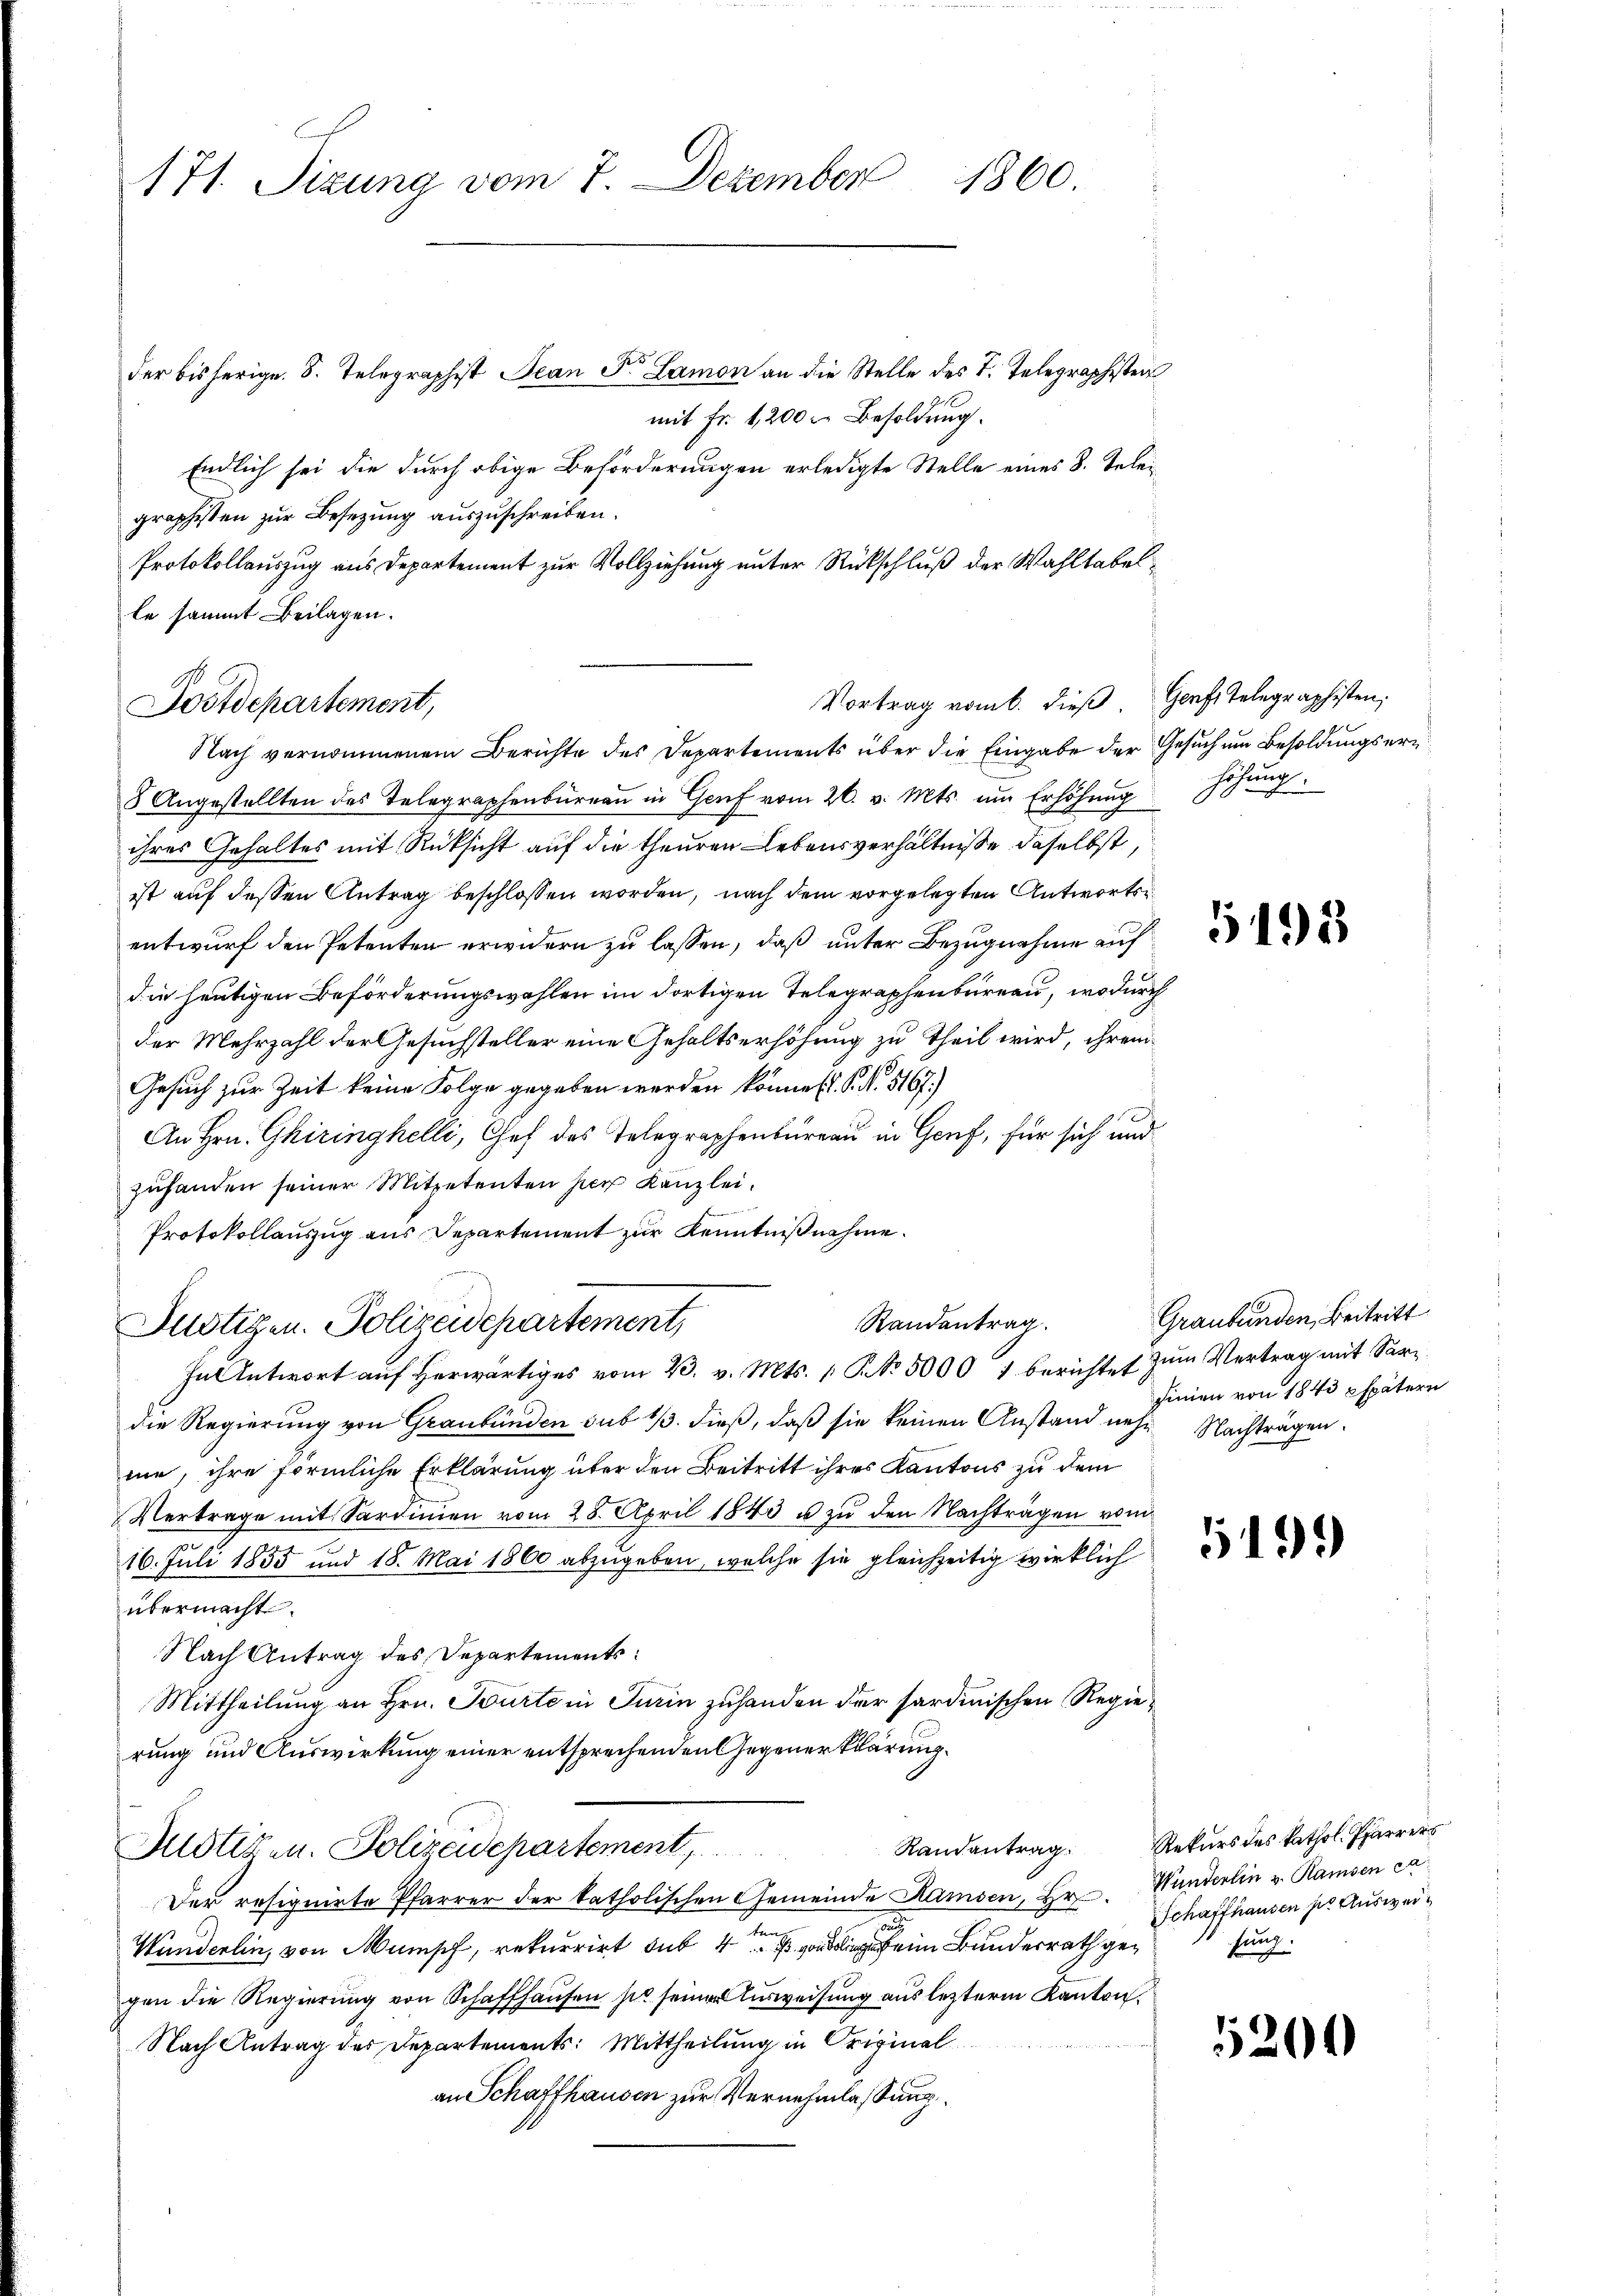
171. Sizung vom 7. Dezember 1860.

5
der bisherige S. Telegraphist Jean Dr. Lamon an die Stelle des T. Telegraphisten
mit Fr. 1,200 r. Besoldung.
Endlich sei die durch obige Beförderungen erledigte Stelle eines 8. Teleigraphisten zur Besetzung auszuschreiben.
Protokollauszug aus Departement zur Vollziehung unter Rückschluß der Wahltabelle sammt Beilagen.
Nach vernommenem Berichte des Departements über die Eingabe der Gesuch um Besoldungser¬
8 Angestellten des Telegraphenbüreau in Genf vom 26. v. Mts. um Erhöhung
ihres Gehaltes mit Rücksicht auf die theuren Lebensverhältnisse daselbst,
ist auf dessen Antrag beschlossen worden, nach dem vorgelegten Antwortse
entwurf den Petenten erwidern zu lassen, daß unter Bezugnahme auf
die heutigen Beförderungswahlen im dortigen Telegraphenbureau, wodurch
der Mehrzahl der Gesuchsteller eine Gehaltserhöhung zu Theil wird, ihrem
Gesuch zur Zeit keine Folge gegeben werden können. S. N. 5167.)
An Hrn. Ghiringhelli, Chef des Telegraphenbureau in Genf, für sich und
zuhanden seiner Mitpetenten her Kanzlei.
Protokollauszug aus Departement zur Kenntnißnahme.
Randantrag
Justigen. Polizeidepartement,
In Antwort auf herwärtiges vom 23. v. Mts. No. 5000 f berichtet zum Vertrag mit Sardie Regierung von Graubünden sub 1/3. dieß, daß sie keinen Anstand nehm Nachträgen.
me, ihre förmliche Erklärung über den Beitritt ihres Kantons zu dem
Vertrage mit Sardinen vom 28. April 1843 u. zu den Nachträgen vom
16. Juli 1855 und 18. Mai 1860 abzugeben, welche sie gleichzeitig wirklich
übermacht.
Nach Antrag des Departements
Mittheilung an Hrn. Tourte in Turin zuhanden der sardinischen Regierung und Auswirkung einer entsprechenden Gegenerklärung.
Randantrag. Rekurs des kathol. Pfarrers
Justizen. Polizeidepartement,
Der resignirte Pfarrer der katholischen Gemeinde Ramsen, Hr. Wanderlin v. Ramsen ca
.
d
Wunderlin, von Mumpf, rekurrirt das 4 Bundesrath gegen die Regierung von Schaffhausen sie seiner Ausweisung aus lezterm Kanton.
Nach Antrag des Departements: Mittheilung in Original
an Schaffhausen zur Vernehmlassung.

Postdepartement,

Vortrag vom 6. dieß. Genf Telegraphisten:

höhung.

5493

Graubünden, Beitritt
finien von 1843 spätern

519.

Schaffhausen pr Ausweifung.

5204